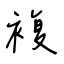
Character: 複